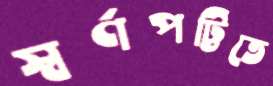
স্বর্ণপট্টিতে